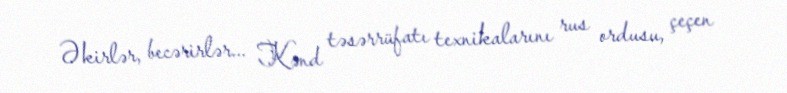
Əkirlər, becərirlər... Kənd təsərrüfatı texnikalarını rus ordusu, çeçen